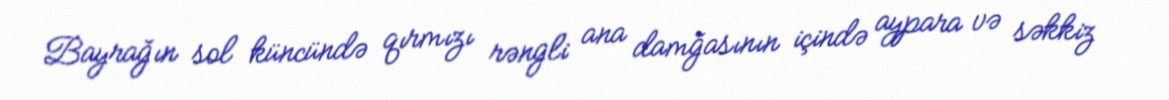
Bayrağın sol küncündə qırmızı rəngli ana damğasının içində aypara və səkkiz